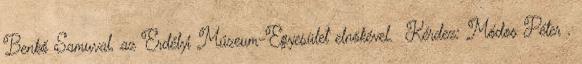
Benkő Samuval, az Erdélyi Múzeum-Egyesület elnökével. Kérdez: Módos Péter .